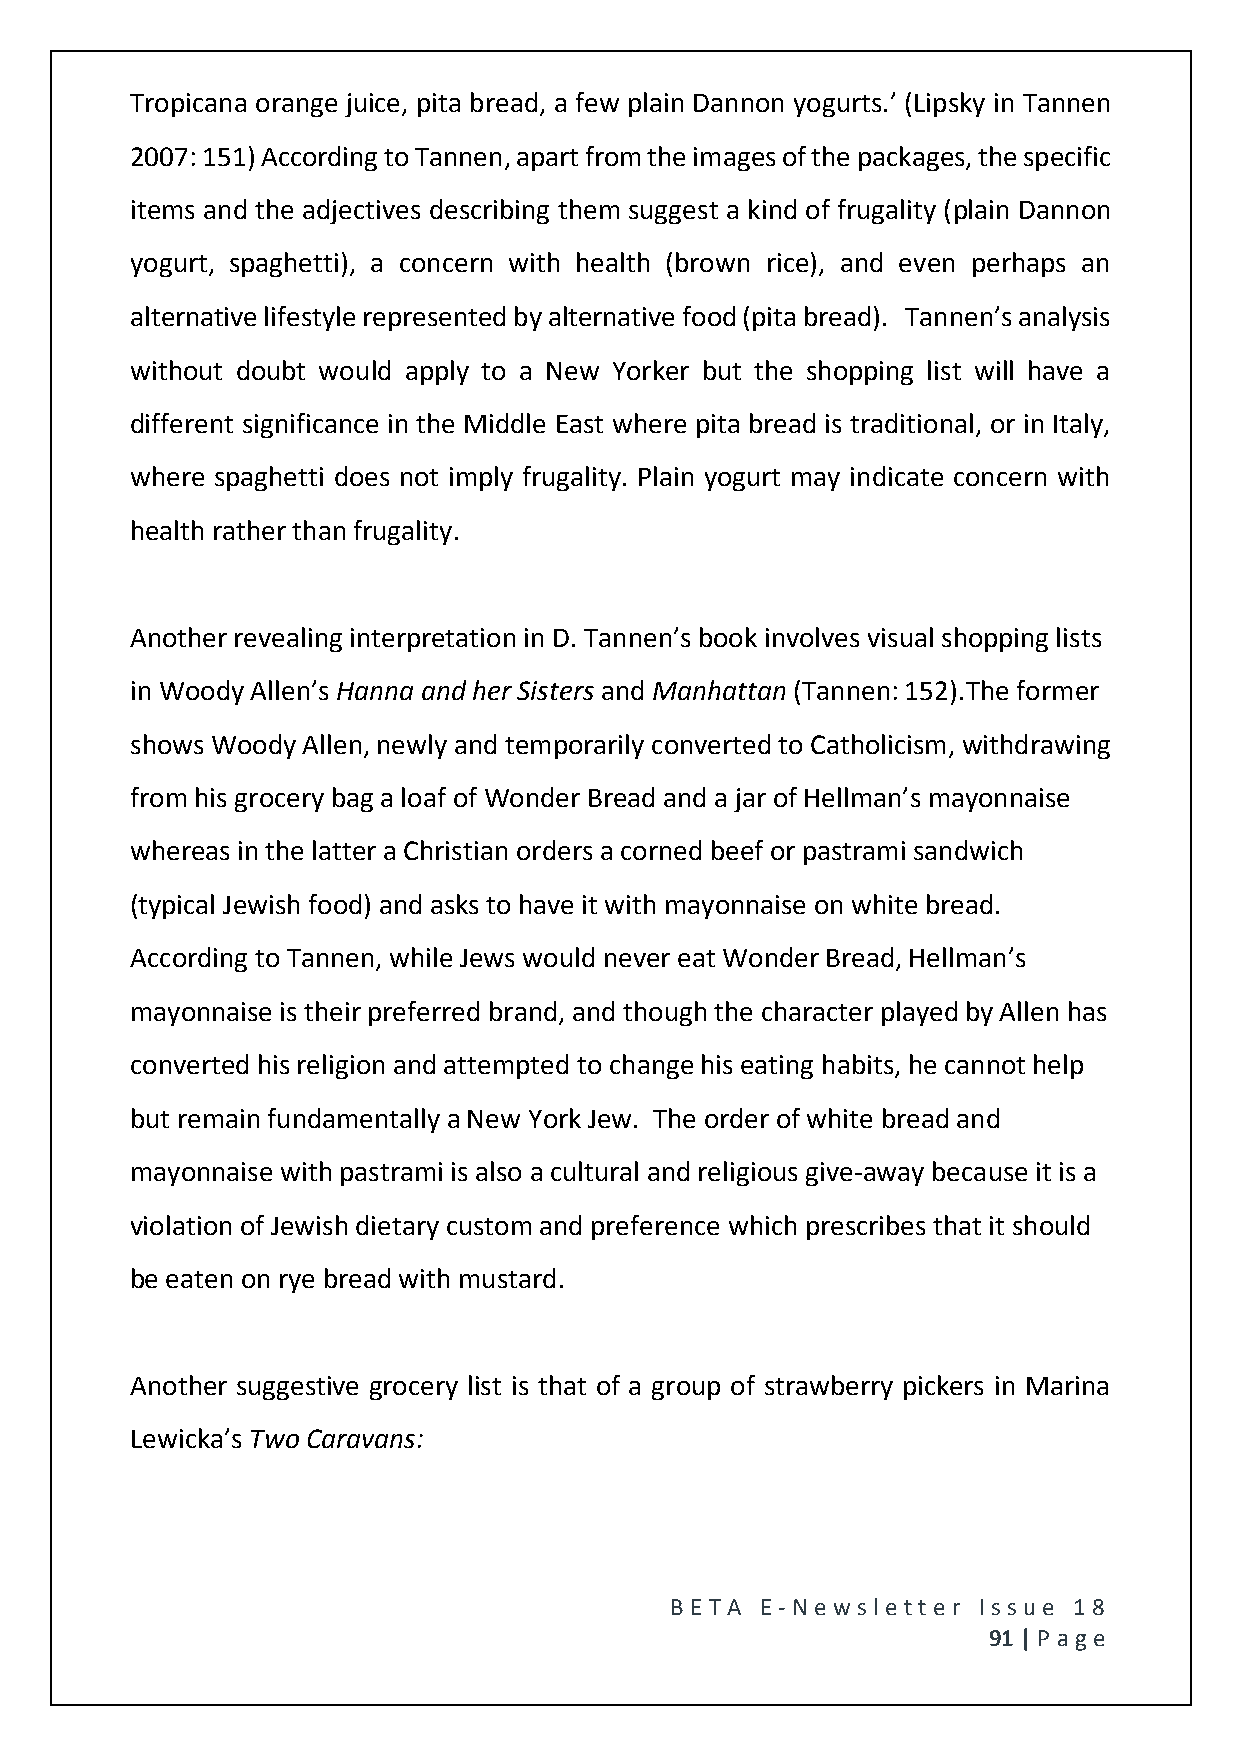
Tropicana orange juice, pita bread, a few plain Dannon yogurts.’ (Lipsky in Tannen
 2007: 151) According to Tannen, apart from the images of the packages, the specific
 items and the adjectives describing them suggest a kind of frugality (plain Dannon
 yogurt, spaghetti), a concern with health (brown rice), and even perhaps an
 alternative lifestyle represented by alternative food (pita bread). Tannen’s analysis
 without doubt would apply to a New Yorker but the shopping list will have a
 different significance in the Middle East where pita bread is traditional, or in Italy,
 where spaghetti does not imply frugality. Plain yogurt may indicate concern with
 health rather than frugality.
 Another revealing interpretation in D. Tannen’s book involves visual shopping lists
 in Woody Allen’s Hanna and her Sisters and Manhattan (Tannen: 152).The former
 shows Woody Allen, newly and temporarily converted to Catholicism, withdrawing
 from his grocery bag a loaf of Wonder Bread and a jar of Hellman’s mayonnaise
 whereas in the latter a Christian orders a corned beef or pastrami sandwich
 (typical Jewish food) and asks to have it with mayonnaise on white bread.
 According to Tannen, while Jews would never eat Wonder Bread, Hellman’s
 mayonnaise is their preferred brand, and though the character played by Allen has
 converted his religion and attempted to change his eating habits, he cannot help
 but remain fundamentally a New York Jew. The order of white bread and
 mayonnaise with pastrami is also a cultural and religious give-away because it is a
 violation of Jewish dietary custom and preference which prescribes that it should
 be eaten on rye bread with mustard.
 Another suggestive grocery list is that of a group of strawberry pickers in Marina
 Lewicka’s Two Caravans:
 BE T A E -N e wsle tt e r Issue 18
 91 | P age